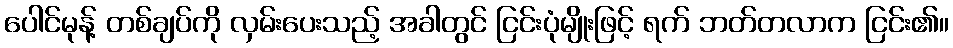
ပေါင်မုန့် တစ်ချပ်ကို လှမ်းပေးသည့် အခါတွင် ငြင်းပုံမျိုးဖြင့် ရက် ဘတ်တလာက ငြင်း၏။